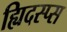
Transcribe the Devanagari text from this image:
ह्यिदस्प्स